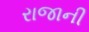
રાજાની